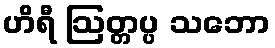
ဟိရီ ဩတ္တပ္ပ သဘော